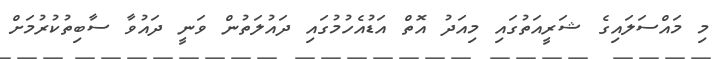
މި މައްސަލައިގެ ޝަރީއަތުގައި މިއަދު އޮތް އަޑުއެހުމުގައި ދައުލަތުން ވަނީ ދައުވާ ސާބިތުކުރުމަށް